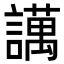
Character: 䜕